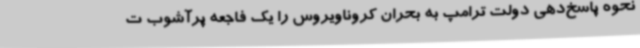
نحوه پاسخ‌دهی دولت ترامپ به بحران کروناویروس را یک فاجعه پرآشوب ت